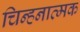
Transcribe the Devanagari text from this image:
चिन्हनात्मक